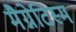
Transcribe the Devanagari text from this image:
मैग्नेटिस्म